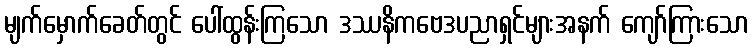
မျက်မှောက်ခေတ်တွင် ပေါ်ထွန်းကြသော ဒဿနိကဗေဒပညာရှင်များအနက် ကျော်ကြားသော